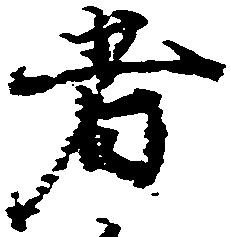
者